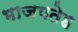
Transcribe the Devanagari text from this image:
भाजयतेह